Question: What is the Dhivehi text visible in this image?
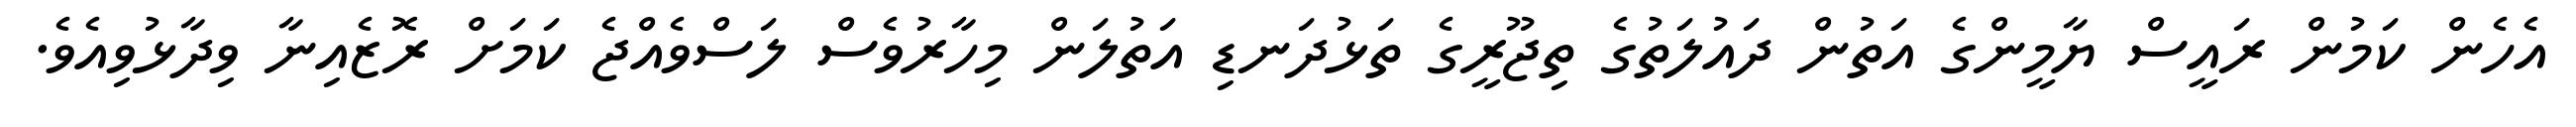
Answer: އެހެން ކަމުން ރައީސް ޔާމީންގެ އަތުން ދައުލަތުގެ ތިޖޫރީގެ ތަޅުދަނޑި އަތުލަން މިހާރުވެސް ލަސްވެއްޖެ ކަމަށް ރޮޒެއިނާ ވިދާޅުވިއެވެ.